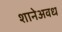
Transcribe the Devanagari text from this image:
शानेअवध